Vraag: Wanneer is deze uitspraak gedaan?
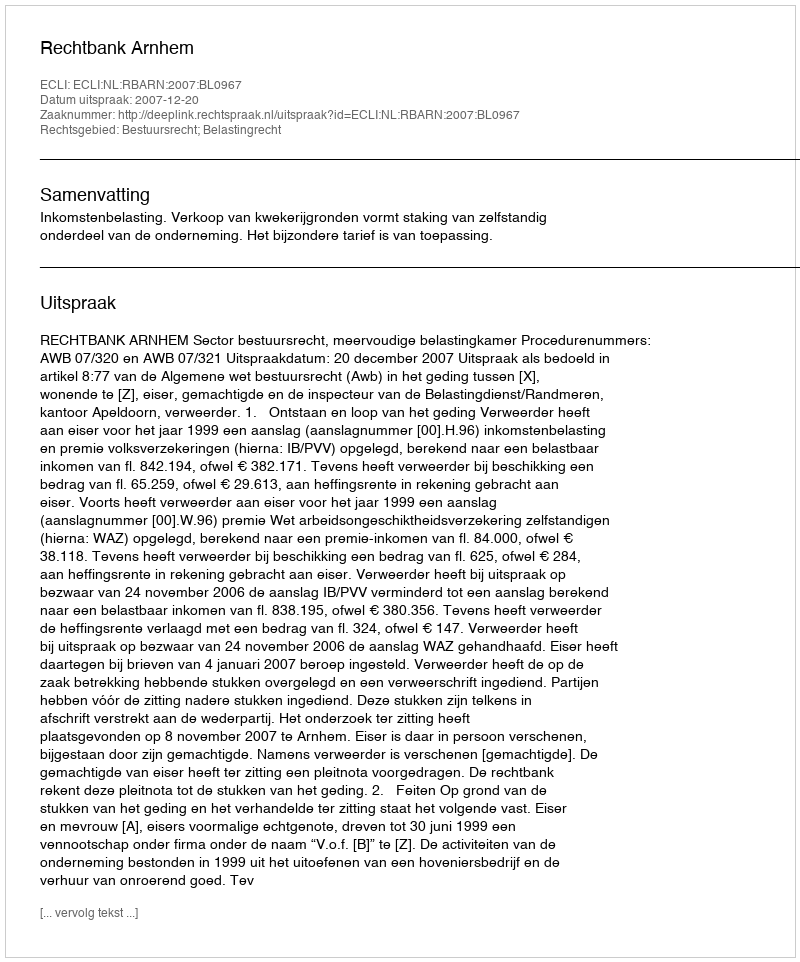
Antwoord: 2007-12-20